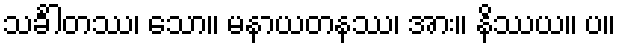
သင်္ခါတဿ၊ သော။ မနာယတနဿ၊ အား။ နိဿယ။ ပ။